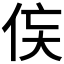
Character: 𬾃